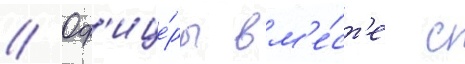
// Оф'ице́ры вм'е́ст'е с